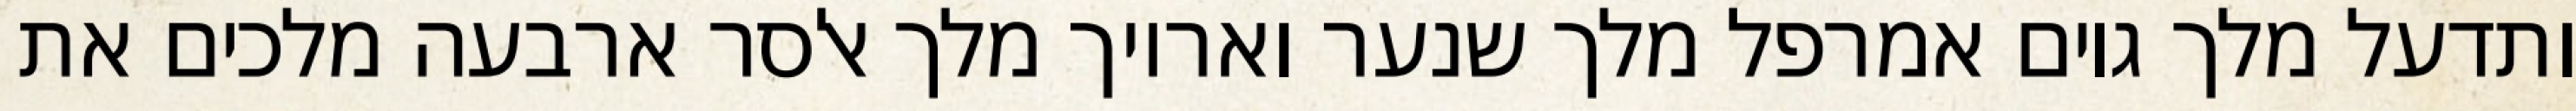
ותדעל מלך גוים אמרפל מלך שנער ואריוך מלך אלסר ארבעה מלכים את